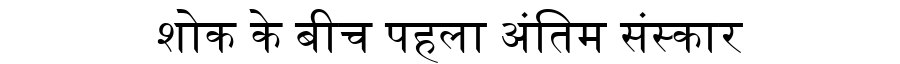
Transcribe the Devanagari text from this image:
शोक के बीच पहला अंतिम संस्कार